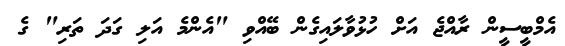
އެމްބީސީން ރާއްޖެ އަށް ހުޅުވާލައިގެން ބޭއްވި "އެންމެ އަލި ގަދަ ތަރި" ގެ